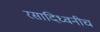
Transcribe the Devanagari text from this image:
रसादिध्वनीच